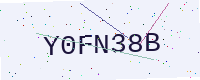
Text: Y0FN38B